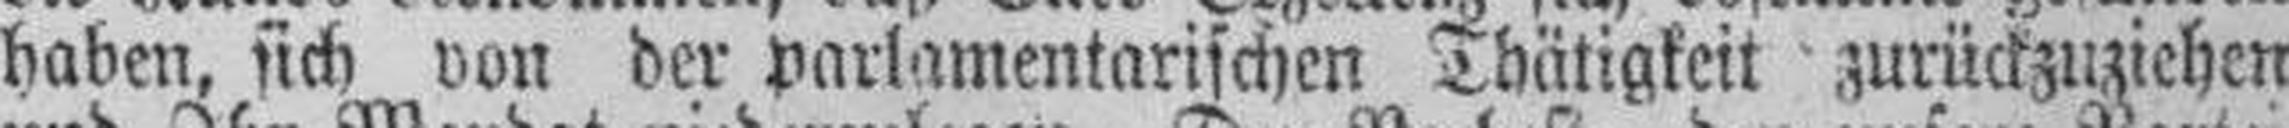
haben, sich von der parlamentarischen Thätigkeit zurückzuziehen